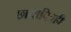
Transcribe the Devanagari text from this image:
छायाचित्रही